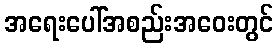
အရေးပေါ်အစည်းအဝေးတွင်